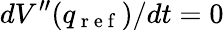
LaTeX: dV^{\prime\prime}(q_{\mathrm{~r~e~f~}})/dt=0